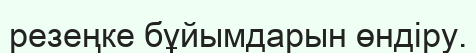
резеңке бұйымдарын өндіру.